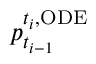
p _ { t _ { i - 1 } } ^ { t _ { i } , \mathrm { O D E } }